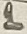
Text: 1